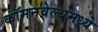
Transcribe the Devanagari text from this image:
कॉमनवेल्थमध्ये